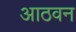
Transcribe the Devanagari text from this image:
आठवन